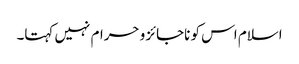
اسلام اس کو ناجائز و حرام نہیں کہتا۔